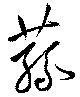
蓀